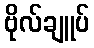
ဗိုလ်ချူပ်